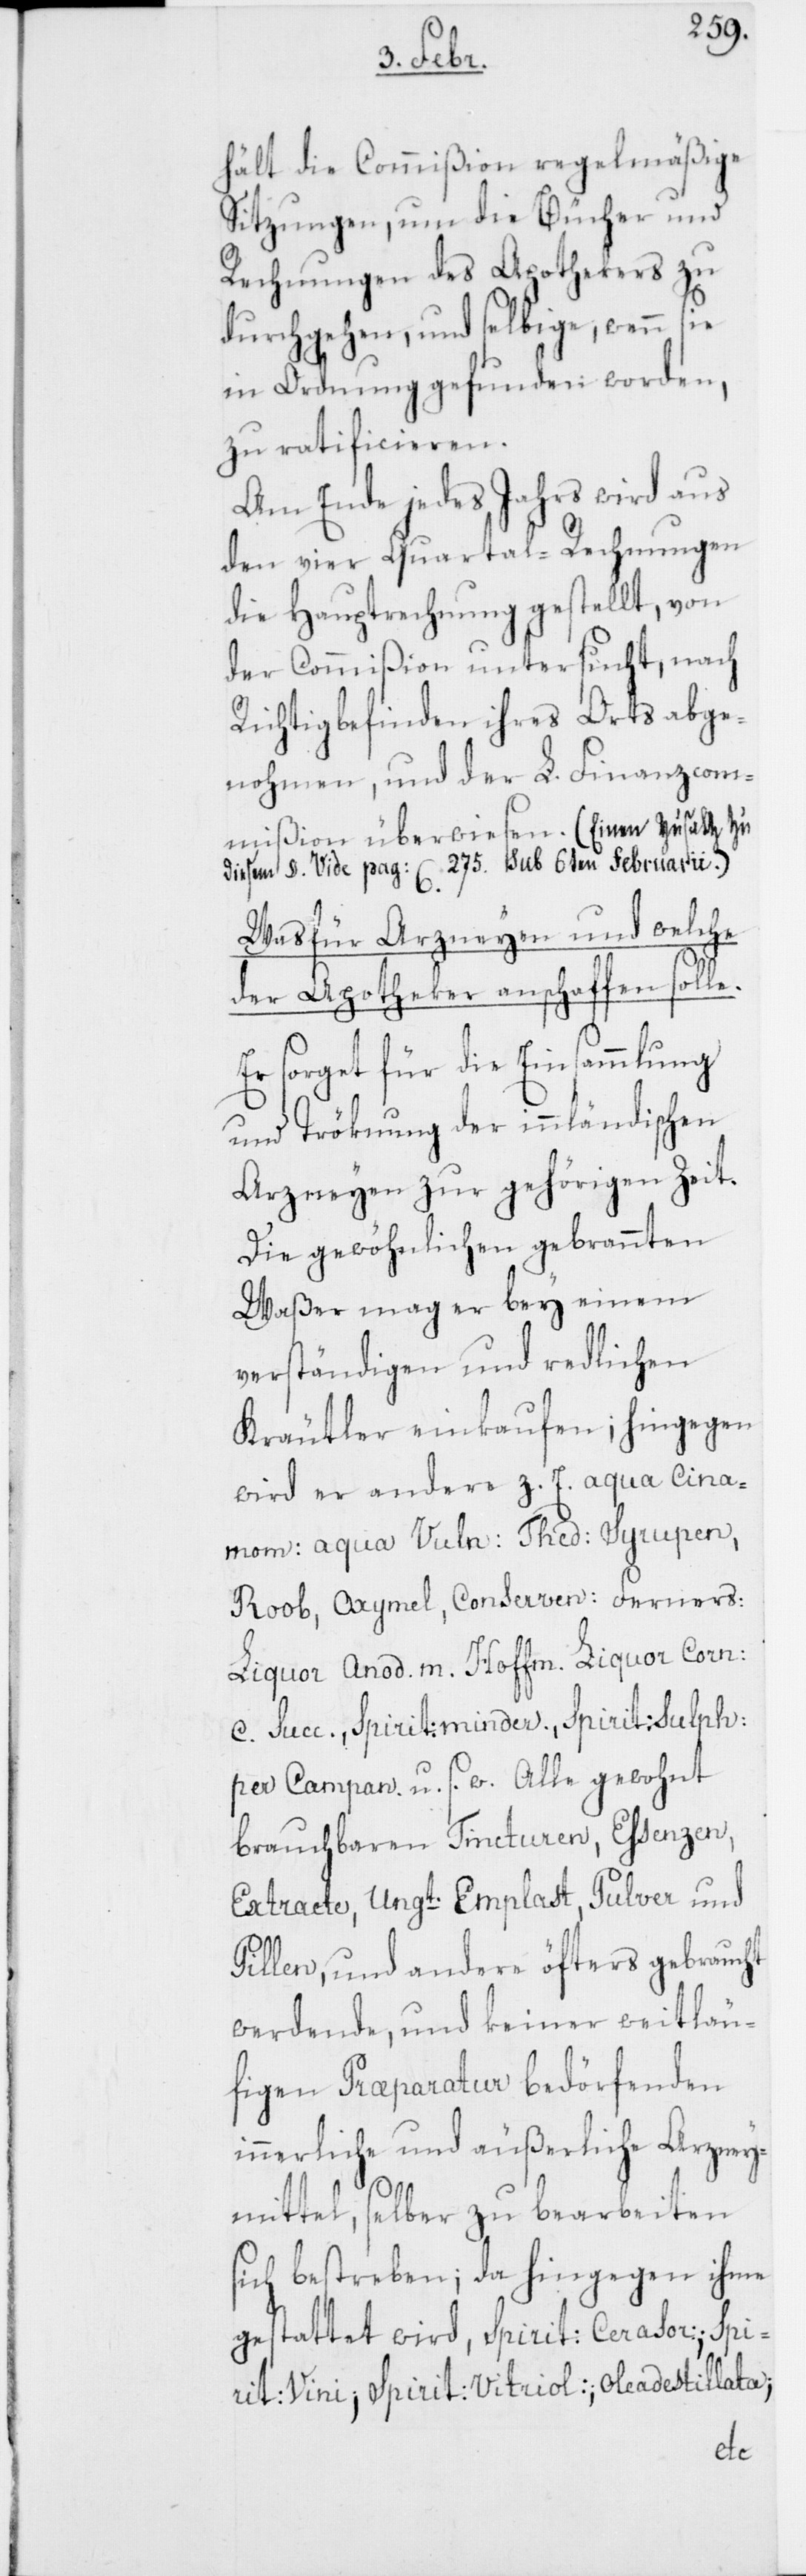
hält die Commißion regelmäßige
Sitzungen, um die Bücher und
Rechnungen des Apothekers zu
durchgehen, und selbige, wenn
in Ordnung gefunden worden,
zu ratificieren.
Am Ende jedes Jahrs wird aus
den vier Quartal-Rechnungen
die Hauptrechnung gestellt, von
der Commißion untersucht, nach
Richtigbefinden ihres Orts abge¬
nohmen, und der L. Finanzcom¬
mißion überwiesen. (Einen Zusatz zu
diesem §. vide pag: 275. sub 6ten Februarii.)
Was für Arzneyen und welche
der Apotheker anschaffen solle.
Er sorget für die Einsammlung
und Tröknung der innländischen
Arzneyen zur gehörigen Zeit.
Die gewöhnlichen gebrannten
Waßer mag er bey einem
verständigen und redlichen
Kräutler einkaufen; hingegen
wird er andere z. E. aqua cina¬
mom: aqua vuln: Thed: Syrupen,
Roob, Axymel, Conserven; Ferners:
Liquor anod. m. Hoffm. Liquor corn:
c. succ., Spirit: minder., Spirit: sulph:
per Campan. u. s. w. Alle gewohnt
brauchbaren Tincturen, Essenzen,
Extracte, Ungt. Emplast, Pulver und
Pillen, und andere öfters gebraucht
werdende, und keiner weitläu¬
figen Praeparatur bedörfenden
innerliche und äußerliche Arzney¬
mittel, selber zu bearbeiten
sich bestreben; da hingegen ihme
gestattet wird, Spirit: cerasor; Spi¬
rit: vini, Spirit: vitriol:, Oleadestillata;